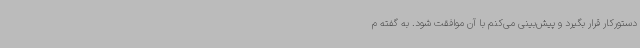
دستورکار قرار بگیرد و پیش‌بینی می‌کنم با آن موافقت شود. به گفته م